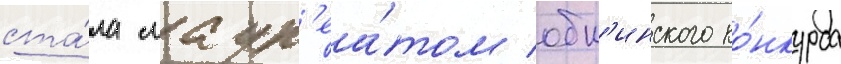
ста́ла лаур'еа́том обн'инского ко́нкурса